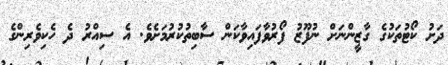
ދަށު ކޯޓުތަކުގެ ގާޒީންނަށް ނުފޫޒު ފޯރުވާފައިވާކަން ސާބިތުކުރުމަށެވެ. އެ ސިއްރު ދެ ހެކިވެރިންގެ